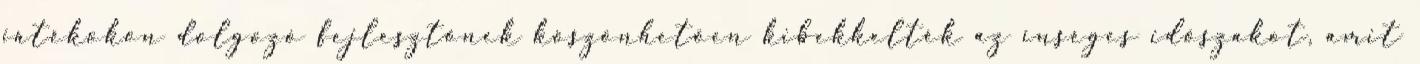
játékokon dolgozó fejlesztőnek köszönhetően kibekkelték az ínséges időszakot, amit